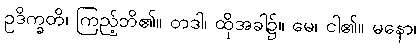
ဥဒိက္ခတိ၊ ကြည့်ဘိ၏။ တဒါ၊ ထိုအခါ၌။ မေ၊ ငါ၏။ မနော၊